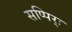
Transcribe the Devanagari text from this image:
सप्पिर्ः